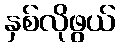
နှစ်လိုဖွယ်